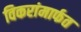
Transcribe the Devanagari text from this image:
विकरांमार्फत